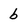
Character: b